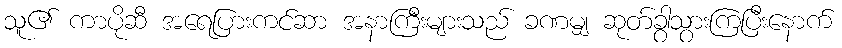
သူ၏ ကာပိုဆီ အရေပြားကင်ဆာ အနာကြီးများသည် ခဏမျှ ဆုတ်ခွာသွားကြပြီးနောက်